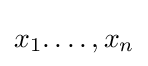
x_{1}.\ldots ,x_{n}